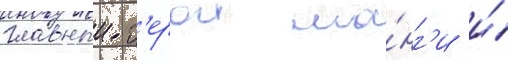
главныи г'ерои ма́нг'и и́